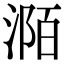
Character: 𣶊